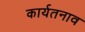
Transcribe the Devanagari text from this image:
कार्यतनाव